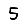
Digit: 5